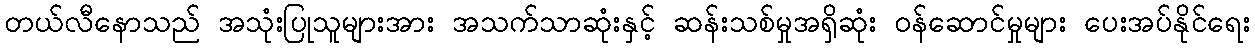
တယ်လီနောသည် အသုံးပြုသူများအား အသက်သာဆုံးနှင့် ဆန်းသစ်မှုအရှိဆုံး ဝန်ဆောင်မှုများ ပေးအပ်နိုင်ရေး